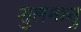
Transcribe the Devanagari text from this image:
शुलमानु